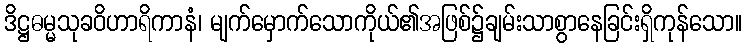
ဒိဋ္ဌဓမ္မသုခဝိဟာရိကာနံ၊ မျက်မှောက်သောကိုယ်၏အဖြစ်၌ချမ်းသာစွာနေခြင်းရှိကုန်သော။